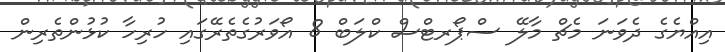
އިއްޔެގެ ދެވަނަ މެޗް މާލޭ ސްޕޯރޓްސް ކްލަބް 8 އޯވަރުގެތެރޭގައި ހުރިހާ ކުޅުންތެރިން